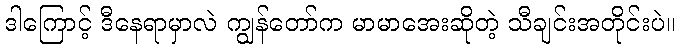
ဒါကြောင့် ဒီနေရာမှာလဲ ကျွန်တော်က မာမာအေးဆိုတဲ့ သီချင်းအတိုင်းပဲ။